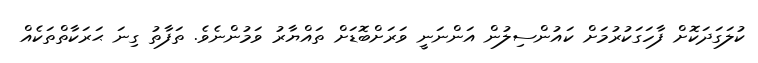
ކުލަގަދަކޮށް ފާހަގަކުރުމަށް ކައުންސިލުން އަންނަނީ ވަރަށްބޮޑަށް ތައްޔާރު ވަމުންނެވެ. ތަފާތު ގިނަ ޙަރަކާތްތަކެއް